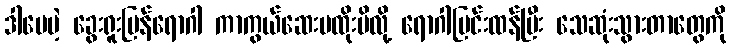
ဒါပေမဲ့ ခွေးရူးပြန်ရောဂါ ကာကွယ်ဆေးမထိုးမိလို့ ရောဂါပြင်းထန်ပြီး သေဆုံးသွားတာတွေကို